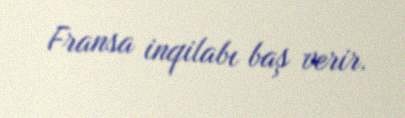
Fransa inqilabı baş verir.